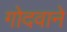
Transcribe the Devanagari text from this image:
गोदवाने